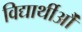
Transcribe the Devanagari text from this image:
विद्यार्थीऔं